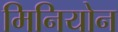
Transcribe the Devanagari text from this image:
मिनियोन